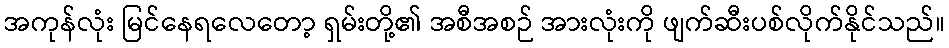
အကုန်လုံး မြင်နေရလေတော့ ရှမ်းတို့၏ အစီအစဉ် အားလုံးကို ဖျက်ဆီးပစ်လိုက်နိုင်သည်။